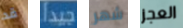
قد جيدا شهر العجز